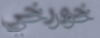
خورخي